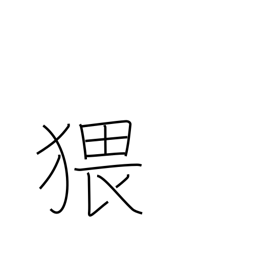
Meaning: obscene